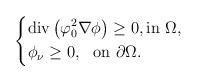
LaTeX: \begin{align*} \left\{\begin{aligned}&\mbox{div}\left(\varphi_0^2\nabla\phi\right)\geq 0, \mbox{in}\ \Omega,\\&\phi_\nu\geq0,~~\mbox{on}~\partial\Omega. \end{aligned} \right.\end{align*}